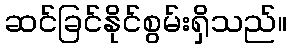
ဆင်ခြင်နိုင်စွမ်းရှိသည်။